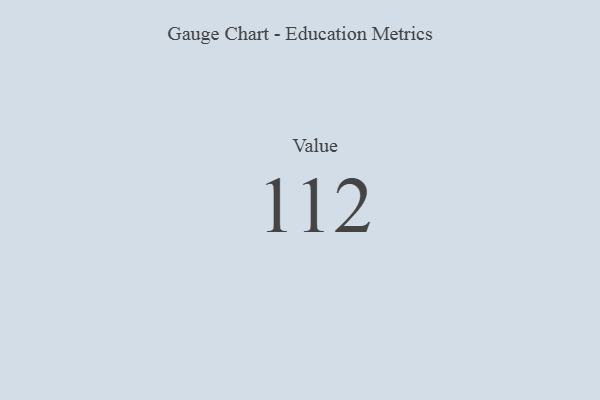
{"axis": {"x": "Metric", "y": "Value"}, "legend": [""], "data": [{"x": "Value", "y": 112, "type": ""}]}